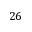
2 6